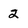
Character: 2